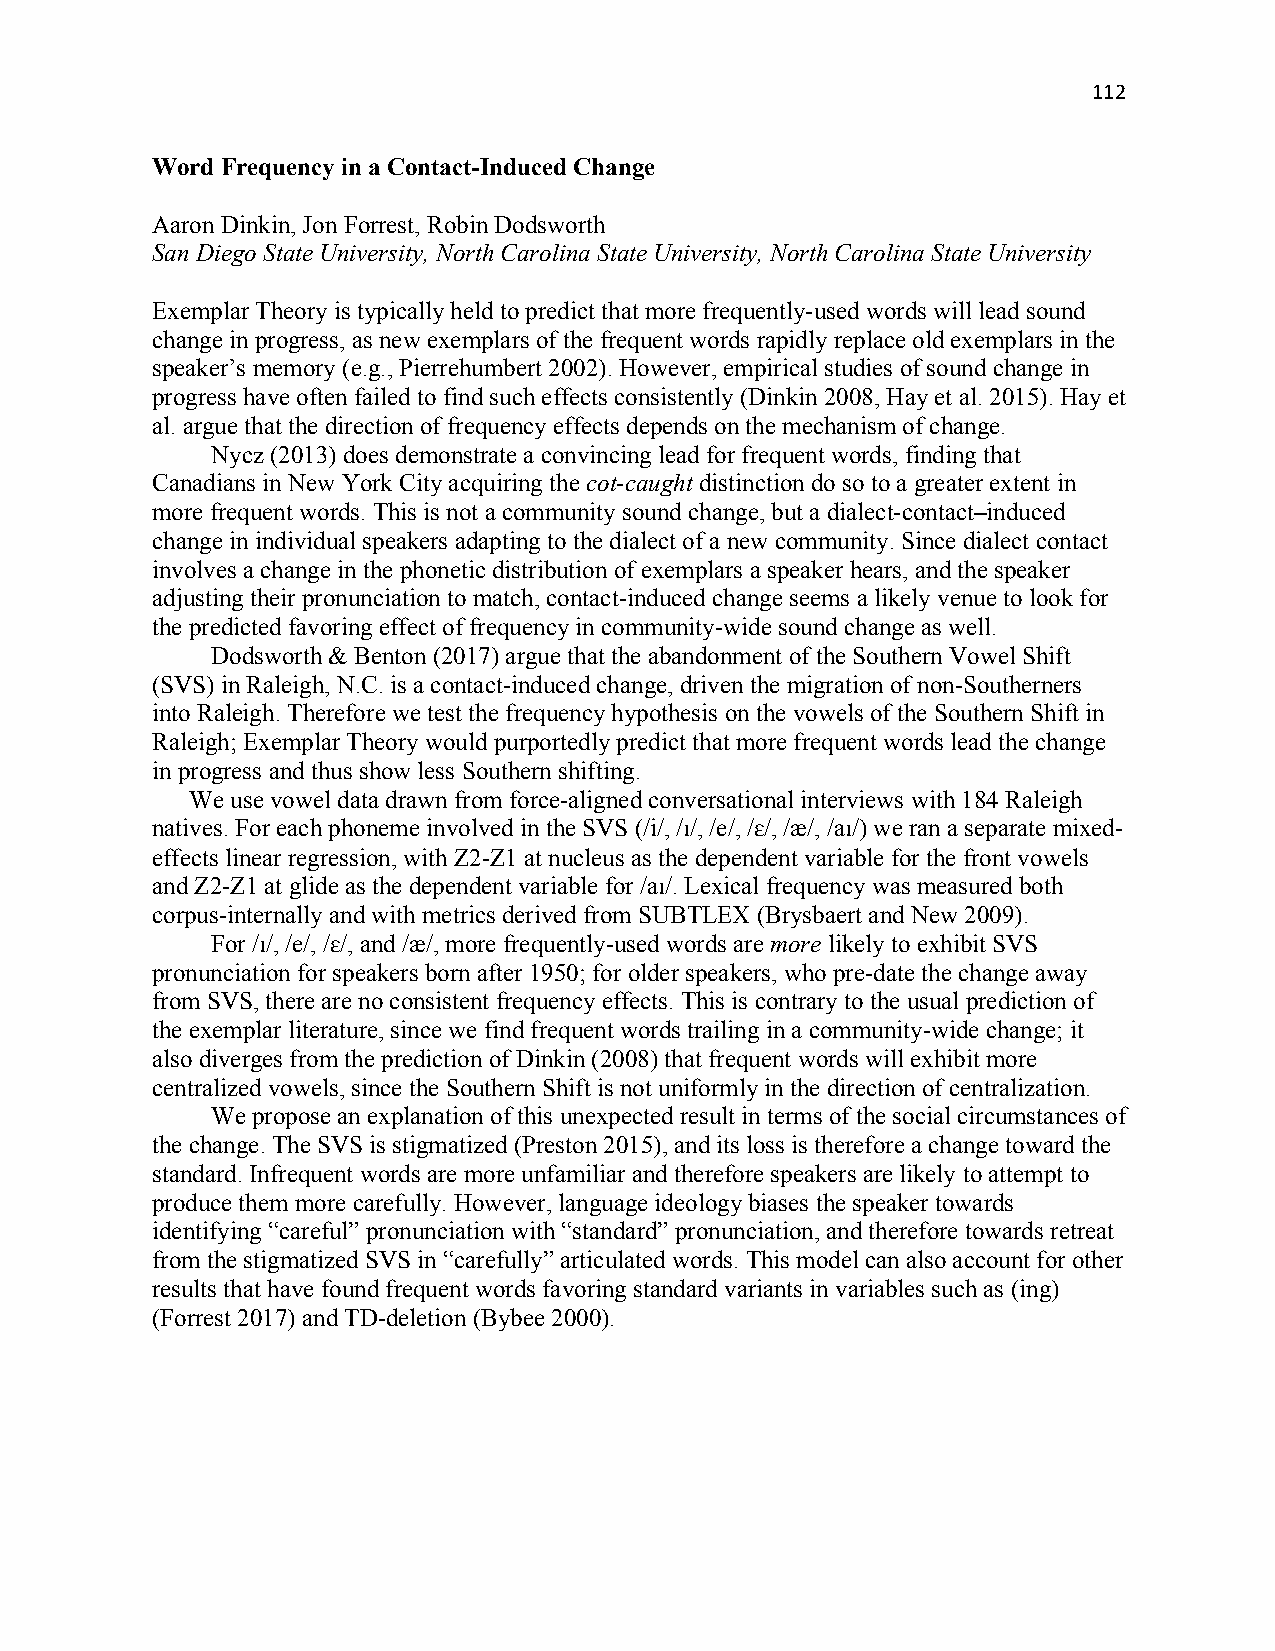
112
 Word Frequency in a Contact-Induced Change
 Aaron Dinkin, Jon Forrest, Robin Dodsworth
 San Diego State University, North Carolina State University, North Carolina State University
 Exemplar Theory is typically held to predict that more frequently-used words will lead sound
 change in progress, as new exemplars of the frequent words rapidly replace old exemplars in the
 speaker’s memory (e.g., Pierrehumbert 2002). However, empirical studies of sound change in
 progress have often failed to find such effects consistently (Dinkin 2008, Hay et al. 2015). Hay et
 al. argue that the direction of frequency effects depends on the mechanism of change.
 Nycz (2013) does demonstrate a convincing lead for frequent words, finding that
 Canadians in New York City acquiring the cot-caught distinction do so to a greater extent in
 more frequent words. This is not a community sound change, but a dialect-contact–induced
 change in individual speakers adapting to the dialect of a new community. Since dialect contact
 involves a change in the phonetic distribution of exemplars a speaker hears, and the speaker
 adjusting their pronunciation to match, contact-induced change seems a likely venue to look for
 the predicted favoring effect of frequency in community-wide sound change as well.
 Dodsworth & Benton (2017) argue that the abandonment of the Southern Vowel Shift
 (SVS) in Raleigh, N.C. is a contact-induced change, driven the migration of non-Southerners
 into Raleigh. Therefore we test the frequency hypothesis on the vowels of the Southern Shift in
 Raleigh; Exemplar Theory would purportedly predict that more frequent words lead the change
 in progress and thus show less Southern shifting.
 We use vowel data drawn from force-aligned conversational interviews with 184 Raleigh
 natives. For each phoneme involved in the SVS (/i/, /ɪ/, /e/, /ɛ/, /æ/, /aɪ/) we ran a separate mixed-
 effects linear regression, with Z2-Z1 at nucleus as the dependent variable for the front vowels
 and Z2-Z1 at glide as the dependent variable for /aɪ/. Lexical frequency was measured both
 corpus-internally and with metrics derived from SUBTLEX (Brysbaert and New 2009).
 For /ɪ/, /e/, /ɛ/, and /æ/, more frequently-used words are more likely to exhibit SVS
 pronunciation for speakers born after 1950; for older speakers, who pre-date the change away
 from SVS, there are no consistent frequency effects. This is contrary to the usual prediction of
 the exemplar literature, since we find frequent words trailing in a community-wide change; it
 also diverges from the prediction of Dinkin (2008) that frequent words will exhibit more
 centralized vowels, since the Southern Shift is not uniformly in the direction of centralization.
 We propose an explanation of this unexpected result in terms of the social circumstances of
 the change. The SVS is stigmatized (Preston 2015), and its loss is therefore a change toward the
 standard. Infrequent words are more unfamiliar and therefore speakers are likely to attempt to
 produce them more carefully. However, language ideology biases the speaker towards
 identifying “careful” pronunciation with “standard” pronunciation, and therefore towards retreat
 from the stigmatized SVS in “carefully” articulated words. This model can also account for other
 results that have found frequent words favoring standard variants in variables such as (ing)
 (Forrest 2017) and TD-deletion (Bybee 2000).